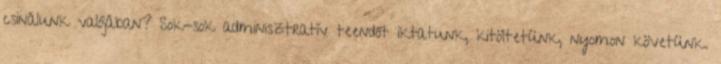
csinálunk valójában? Sok-sok adminisztratív teendőt iktatunk, kitöltetünk, nyomon követünk.